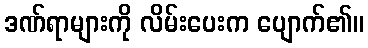
ဒဏ်ရာများကို လိမ်းပေးက ပျောက်၏။